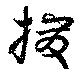
撥